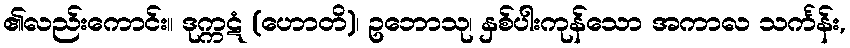
၏လည်းကောင်း။ ဒုက္ကဋံ (ဟောတိ)၊ ဥဘောသု၊ နှစ်ပါးကုန်သော အကာလ သင်္ကန်း,